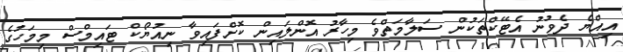
އިއްޔެ ދެވުނު އެޓޭކްތަކުން ސަލާމަތްވެ މިހާރު އޮންލައިން ކޮށްފައިވާ ނިއުޔޯކް ޓައިމްސް މިމަހުގެ